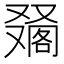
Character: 𠮀